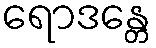
ရောဒန္တေ